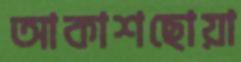
আকাশছোয়া